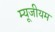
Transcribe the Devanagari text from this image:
म्यूजीयम